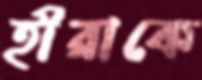
হীরাকে